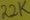
Text: 22K